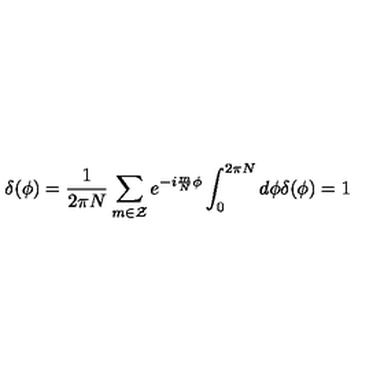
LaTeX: \delta ( \phi ) = \frac { 1 } { 2 \pi N } \sum _ { m \in \cal { Z } } e ^ { - i \frac { m } { N } \phi } \int _ { 0 } ^ { 2 \pi N } d \phi \delta ( \phi ) = 1